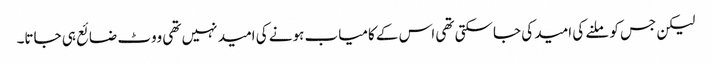
لیکن جس کو ملنے کی امید کی جاسکتی تھی اس کے کامیاب ہونے کی امید نہیں تھی ووٹ ضائع ہی جاتا۔